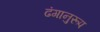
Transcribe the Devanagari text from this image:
ढंगानुरूप